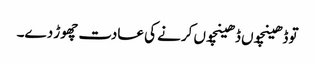
تو ڈھینچوں ڈھینچوں کرنے کی عادت چھوڑ دے۔